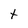
Character: t